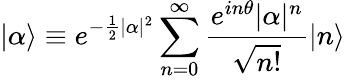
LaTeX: |\alpha\rangle\equiv e^{-\frac{1}{2}|\alpha|^{2}}\sum_{n=0}^{\infty}\frac{e^{in\theta}|\alpha|^{n}}{\sqrt{n!}}|n\rangle